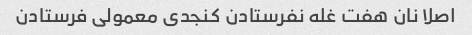
اصلا نان هفت غله نفرستادن کنجدی معمولی فرستادن